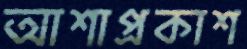
আশাপ্রকাশ